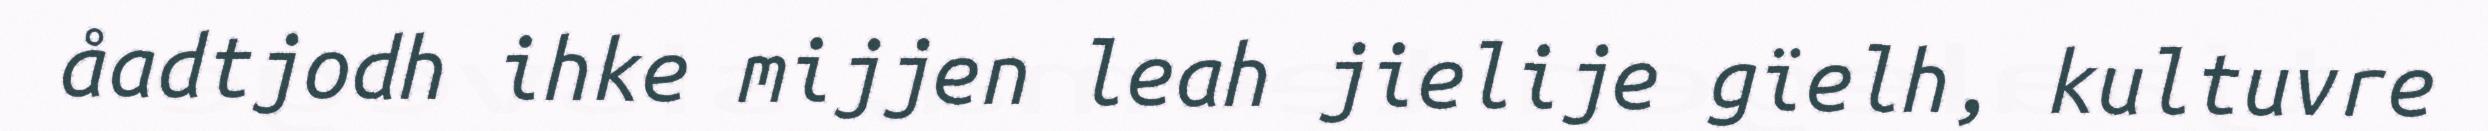
åadtjodh ihke mijjen leah jielije gïelh, kultuvre